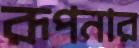
রূপনার